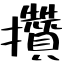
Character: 攢